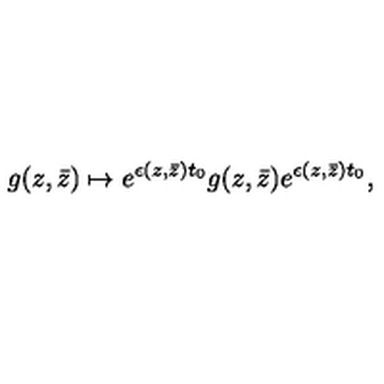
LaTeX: g ( z , \bar { z } ) \mapsto e ^ { \epsilon ( z , \bar { z } ) t _ { 0 } } g ( z , \bar { z } ) e ^ { \epsilon ( z , \bar { z } ) t _ { 0 } } ,